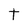
Character: t